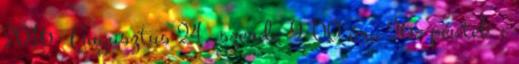
2016. Augusztus 24. szerda 9:00 óra 26. péntek ;